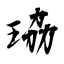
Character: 珕